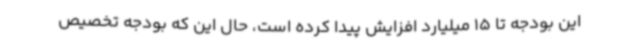
این بودجه تا 15 میلیارد افزایش پیدا کرده است، حال این که بودجه تخصیص